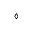
\diamond